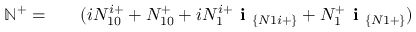
\begin{array} { r l r } { \mathbb { N } ^ { + } = } & { { } } & { ( i N _ { 1 0 } ^ { i + } + N _ { 1 0 } ^ { + } + i N _ { 1 } ^ { i + } \textbf { i } _ { \{ N 1 i + \} } + N _ { 1 } ^ { + } \textbf { i } _ { \{ N 1 + \} } ) } \end{array}